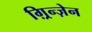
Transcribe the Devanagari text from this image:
ग़्रिन्ज़ेन